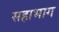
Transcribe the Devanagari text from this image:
सहाभाग